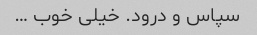
سپاس و درود. خیلی خوب …